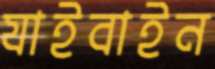
যাইবাইন